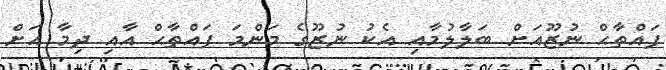
ފައްތާޙް ނުޒޫއަށް ބަލާލުމާއި އެކު ނުޒޫގެ މަންމަ ފައްތާޙް އާއި ދިމާ އަށް